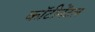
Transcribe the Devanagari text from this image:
कॉटीनेंटल